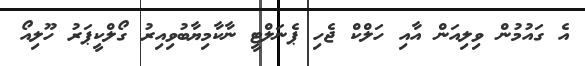
އެ ގައުމުން ވިލިއަން އާއި ހަލްކް ޖެހި ޕެނަލްޓީ ނާކާމިޔާބުވިއިރު ގޯލްކީޕަރު ހޫލިއޯ